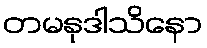
တမနုဒါသိနော